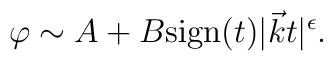
\varphi\sim A+B {\rm sign} (t) |\vec{k} t|^{\epsilon}.